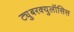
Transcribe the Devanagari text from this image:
ट्युुबरक्युलॉसिस